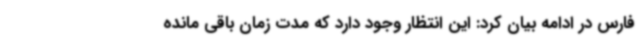
فارس در ادامه بیان کرد: این انتظار وجود دارد که مدت زمان باقی مانده